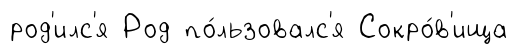
род'илс'я Род по́льзовалс'я Сокро́в'ища